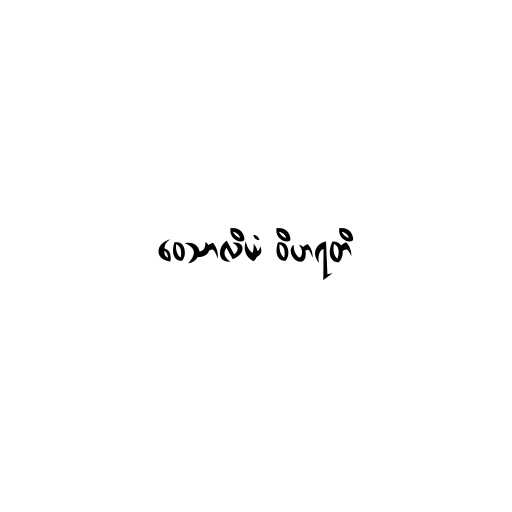
ဝေသာလိယံ ဝိဟရတိ